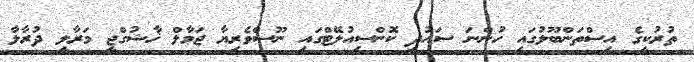
ތުރުކީގެ އިސްތަންބޫލުގައި ހުންނަ ސައުދީ ކޮންސިއުލޭޓްގައި ނޫސްވެރިޔާ ޖަމާލް ޚާޝުގްޖީ މަރާލީ ދުރާލާ